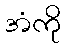
အံကို